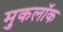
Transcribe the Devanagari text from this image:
मुकलॉक